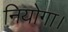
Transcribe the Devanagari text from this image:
नियोगा।